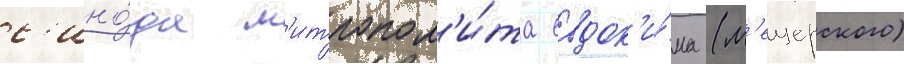
с'ино́да м'итропол'и́та евдок'и́ма (м'ещерского)